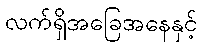
လက်ရှိအခြေအနေနှင့်